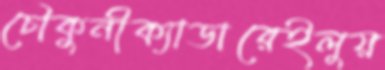
চৌকুনীক্যাডারেইলুয়